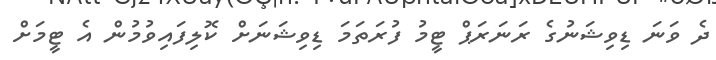
ދެ ވަނަ ޑިވިޝަނުގެ ރަނަރަޕް ޓީމު ފުރަތަމަ ޑިވިޝަނަށް ކޮލިފައިވުމުން އެ ޓީމަށް